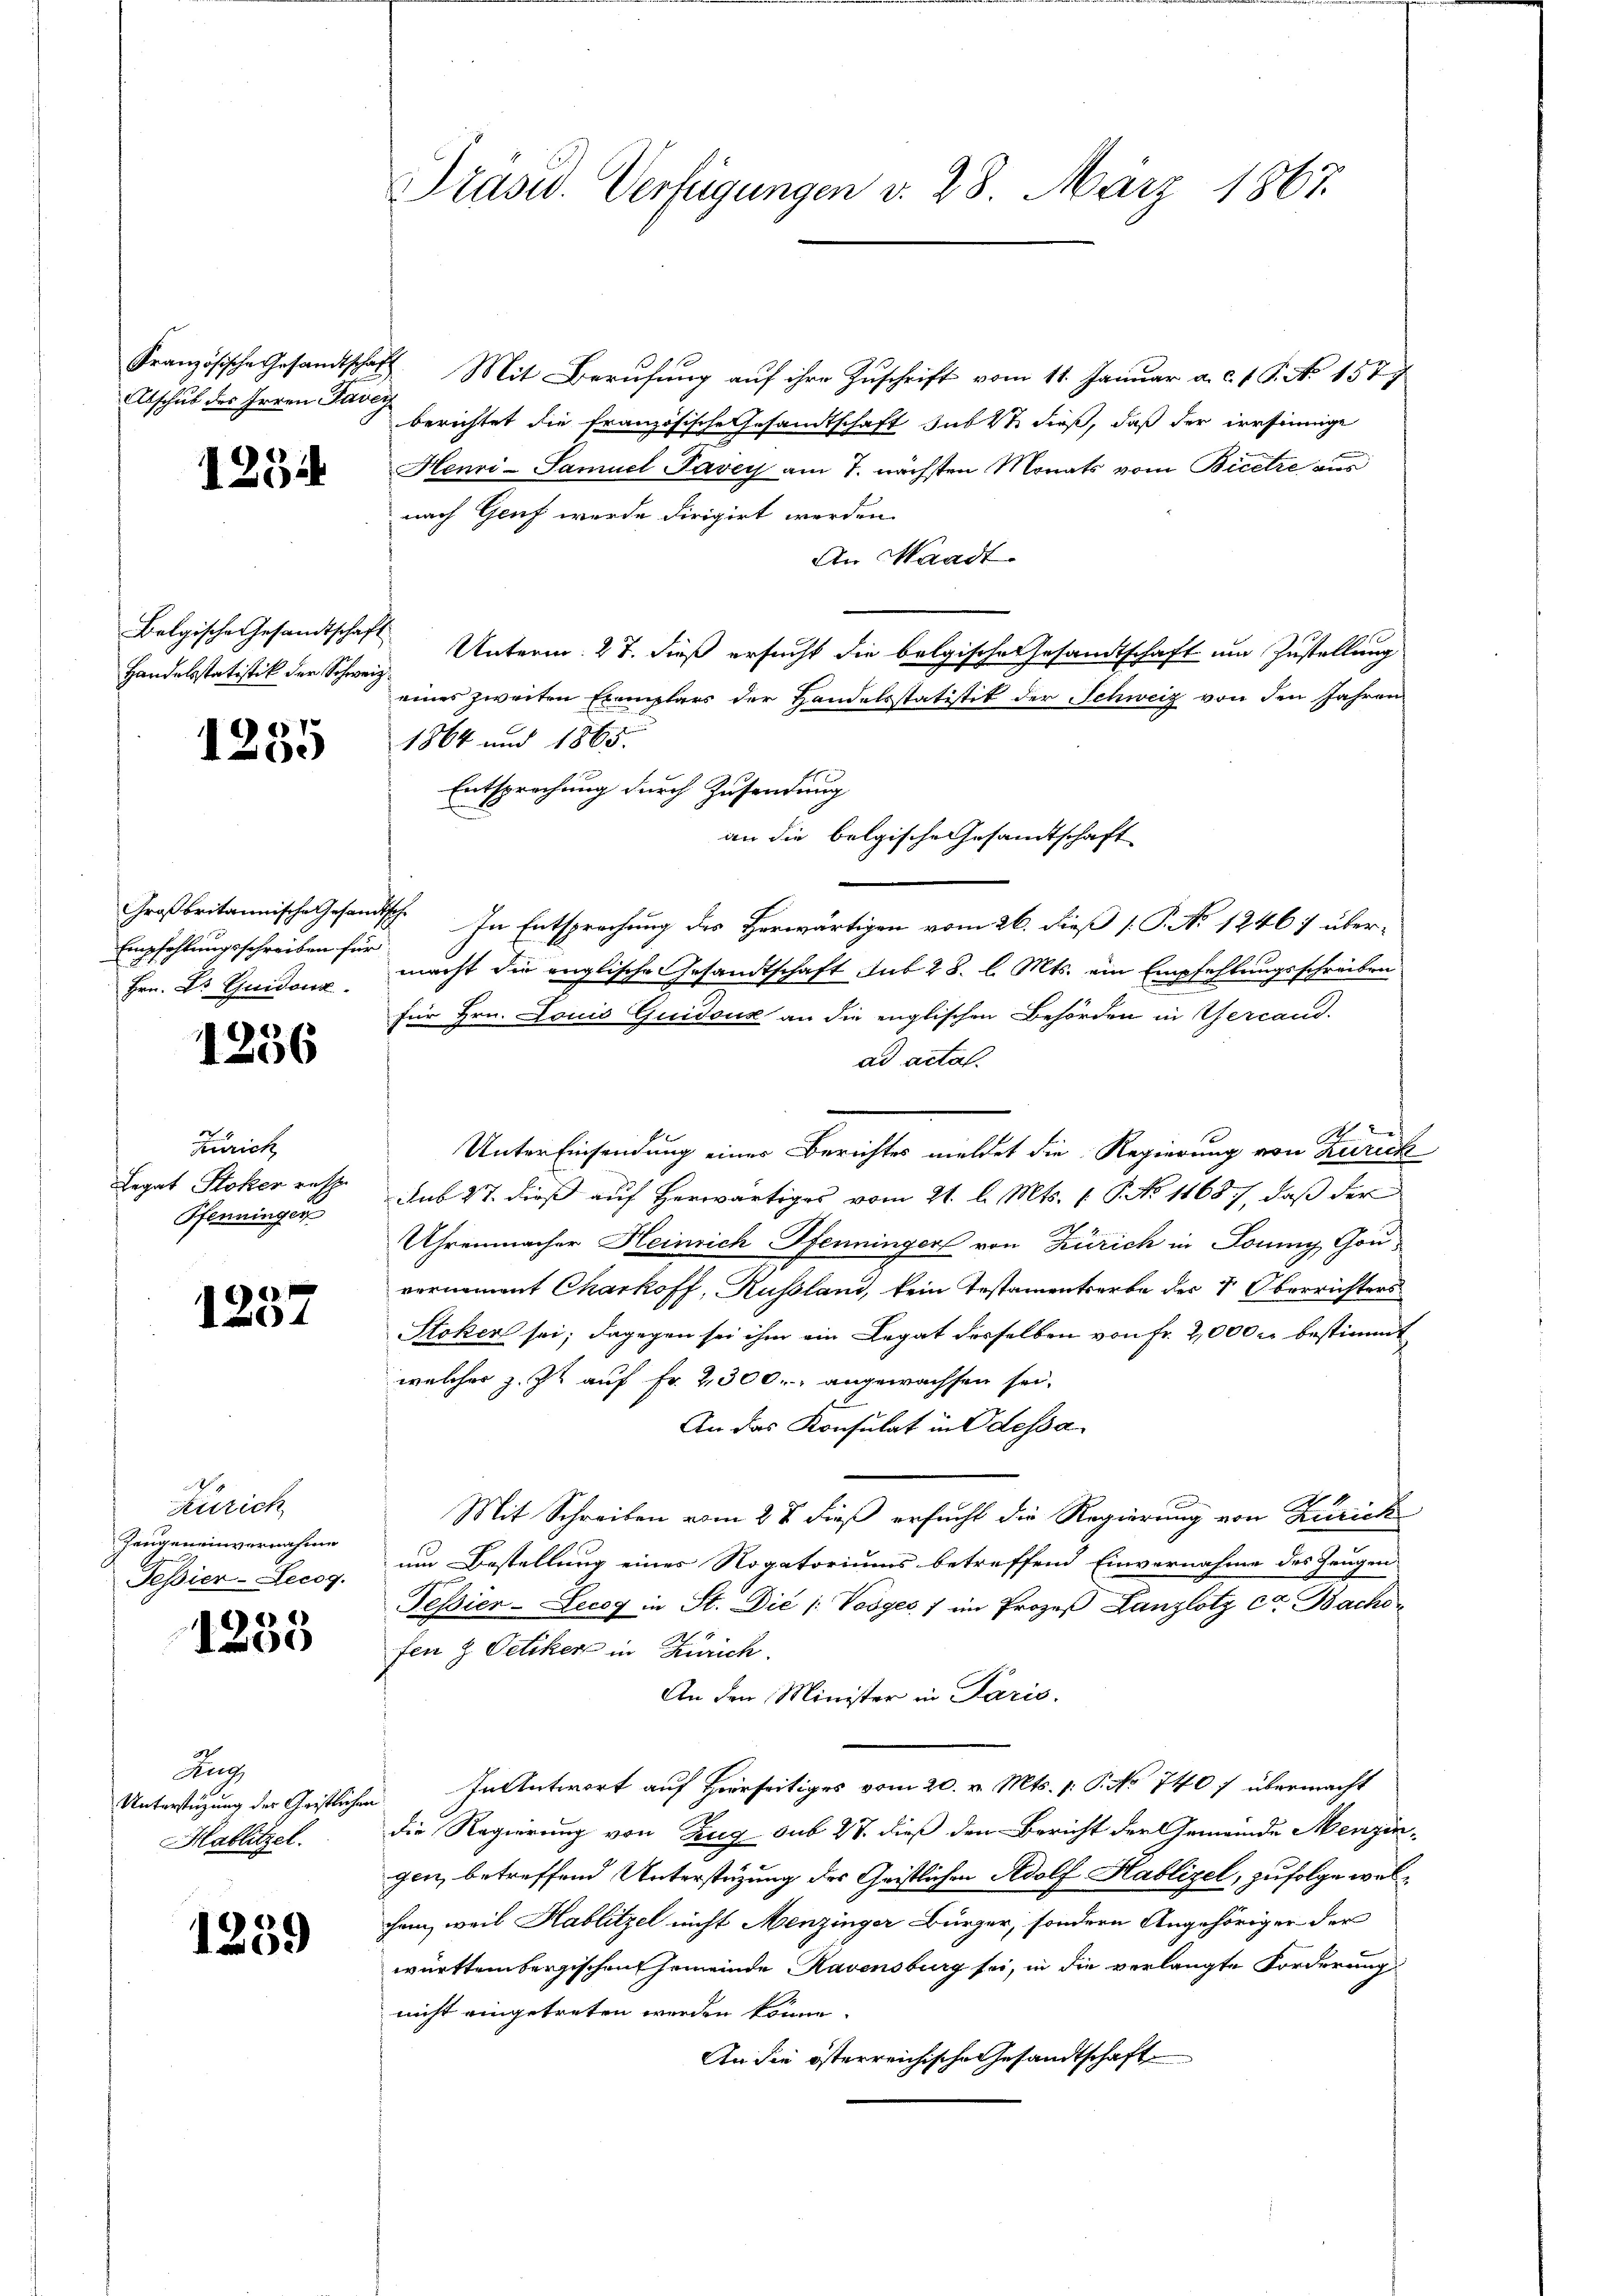
Abschub des Irren Tave

1234

Bolgische Gesandtschaf
Handelsstatistik der Schweiz

e
100)

Großbritannische Gesam
Empfehlungsschreiben für
Hrn. Dr. Guidonz

1256

Zürich
Legat Stoker resp.
Pfenninger

19
x

Zürich
Zeugeneinvernahme
Tessier-Lecog.

6
0

Zug
Unterstüzung der Geistlichen
Hablitzel.

1259

Präsid.. Verfügungen d. 28. März 1867.

Französische Gesandtschaft. Mit Berufung auf ihre Zuschrift vom 11. Januar a. c. 1 S. No. 1577
e
berichtet die französische Gesandtschaft sub 2t dieß, daß der irrsinnige
Henri-Samuel Pavey am 7. nächsten Monats vom Bicetze aus
nach Genf wurde dirigirt werden.
An Waadt
 Unterm 27. dieß ersucht die belgische Gesandtschaft um Zustellung
eines zweiten Exemplars der Handelsstatistik der Schweiz von den Jahren
1864 und 1865.
Entsprochung durch Zusendung
an die belgische Gesamtschaft
d. In Entsprechung des Herwärtigen vom 26. dieß [ P. No 12467 übermacht die englische Gesandtschaft sub 28. l. Mts. ein Empfehlungsschreiben
für Hrn. Louis Quidoux an die englischen Behörden in Gercand.
ad acta.
Unter Einsendung einer Berichtes meldet die Regierung von Zurick
Sub 27. dieß auf herwärtiges vom 21. l. Mts. 1. P. No 1168), daß der
Uhrenmacher Heinrich Pfenninger von Zürich in Louiy Gouvernement Charkoff, Russland, kein Testamentserbe des 1 Oberrichters
Stoker sei; dagegen sei ihm ein Legat desselben von Fr. 2,000 c bestimmt
welcher z. Z. auf Fr. 2300. angewachsen sei.
An das Konsulat in Odessa
Mit Schreiben vom 28 dieß ersucht die Regierung von Zürich
um Bestellung eines Rogatoriums betreffend Einvernahme des Zeugen
Pessier-Lecog in St. Die (: Vosges. 1 im Prozeß Lanzlotz ct. Bacho
fen & Oetiker in Zürich.
An den Minister in Paris.
In Antwort auf Hierseitiges vom 20. v. Mts. p. P. No 740 f übermacht
die Regierung von Zug sub 27. dieß den Bericht der Gemeinde Menzingen, betreffend Unterstüzung des Gristlichen Adolf Hablizel, zufolge welchem, weil Hablitzel nicht Menzinger Bürger, sondern Angehöriger der
württembergischen Gemeinde Ravensburg sei, in die verlangte Forderung
nicht eingetreten werden könne.
An die österreichische Gesandtschaft